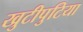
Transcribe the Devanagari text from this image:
खुटीपुटिया